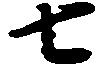
七